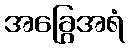
အခြွေအရံ